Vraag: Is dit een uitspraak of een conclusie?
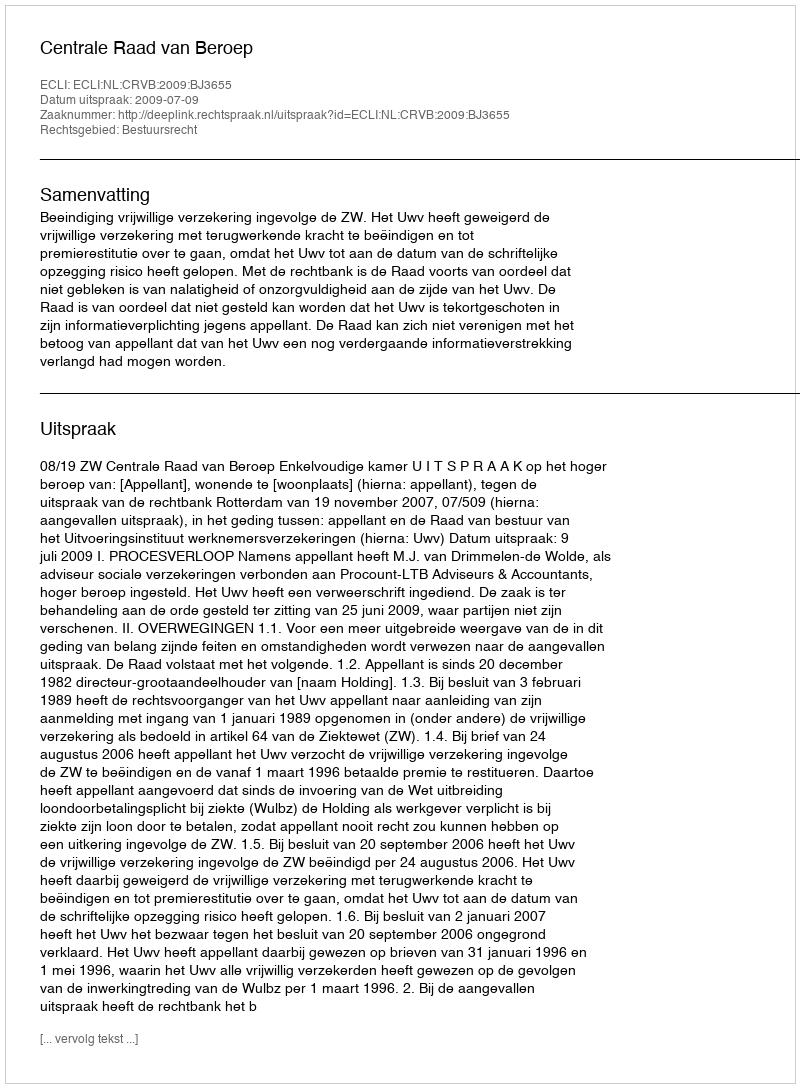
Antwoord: Uitspraak